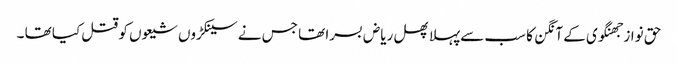
حق نواز جھنگوی کے آنگن کا سب سےپہلا پھل ریاض بسرا تھا جس نے سینکڑوں شیعوں کو قتل کیا تھا ۔